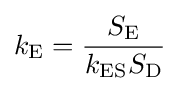
k_{\text{E}}={\frac {S_{\text{E}}}{k_{\text{ES}}S_{\text{D}}}}